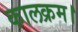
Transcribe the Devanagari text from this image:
कालक्रम।